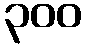
၃၀၀